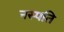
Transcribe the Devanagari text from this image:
नस्पति